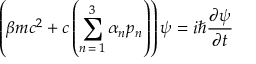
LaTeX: \left( \beta m c ^ { 2 } + c \left( \sum _ { n \mathop { = } 1 } ^ { 3 } \alpha _ { n } p _ { n } \right) \right) \psi = i \hbar { \frac { \partial \psi } { \partial t } }